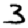
Digit: 3